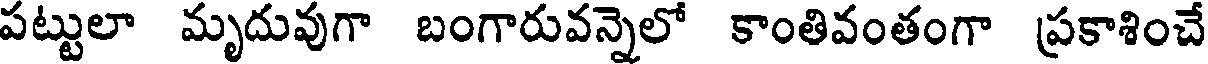
పట్టులా మృదువుగా బంగారువన్నెలో కాంతివంతంగా ప్రకాశించే